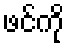
ဖင်ကို